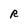
Character: R